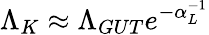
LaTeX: \Lambda_{K}\approx\Lambda_{GUT}e^{-\alpha_{L}^{-1}}